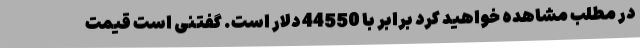
در مطلب مشاهده خواهید کرد برابر با 44550 دلار است. گفتنی است قیمت